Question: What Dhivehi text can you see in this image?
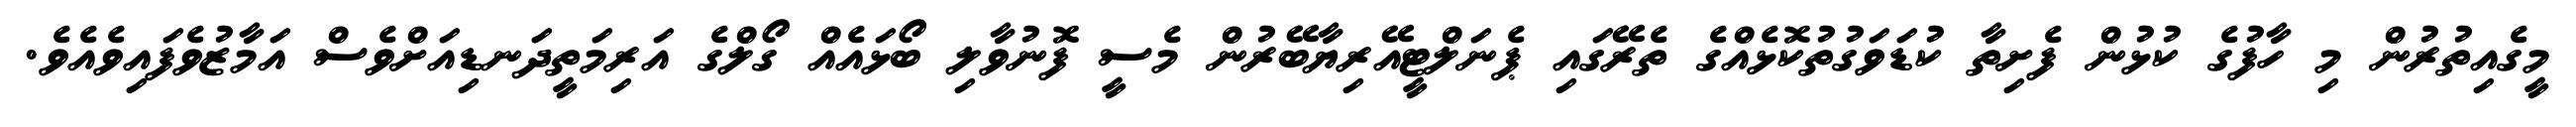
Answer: މީގެއިތުރުން މި ހާފުގެ ކުޅުން ފެށިތާ ކުޑަވަގުތުކޮޅެއްގެ ތެރޭގައި ޕެނަލްޓީއޭރިޔާބޭރުން މެސީ ފޮނުވާލި ބޯޅައެއް ގޯލްގެ އަރިމަތީދަނޑިއަށްވެސް އަމާޒުވެފައިވެއެވެ.